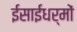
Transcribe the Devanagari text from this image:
ईसाईधर्मों